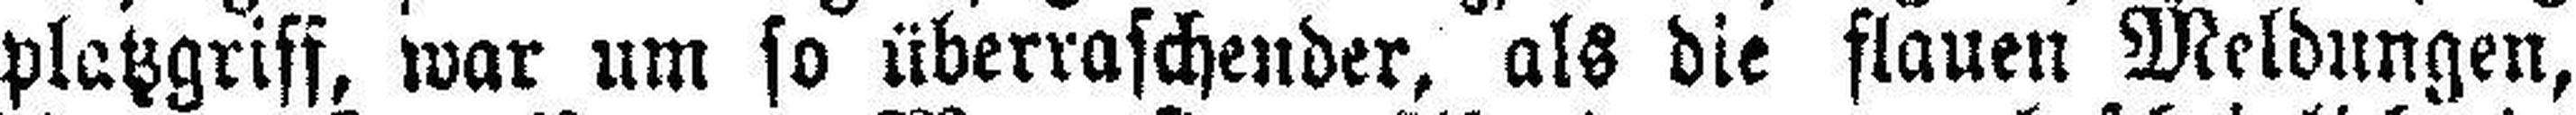
platzgriff, war um so überraschender, als die flauen Meldungen,